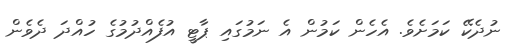
ނުދެކޭ ކަމަށެވެ. އެހެން ކަމުން އެ ނަމުގައި ޕާޓީ އުފެއްދުމުގެ ހުއްދަ ދެވެން